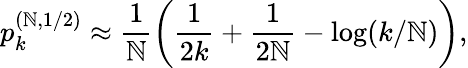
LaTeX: p_{k}^{(\mathbb{N},1/2)}\approx\frac{{1}}{{\mathbb{N}}}\left(\frac{{1}}{{2k}}+\frac{{1}}{{2\mathbb{N}}}-\log(k/\mathbb{N})\right),